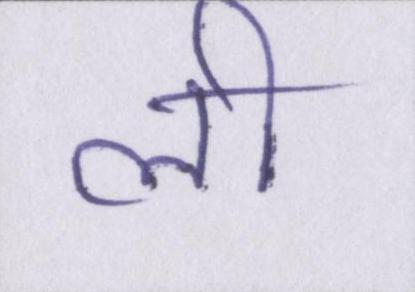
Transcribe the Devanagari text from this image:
ली